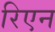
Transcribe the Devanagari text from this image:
रिएन